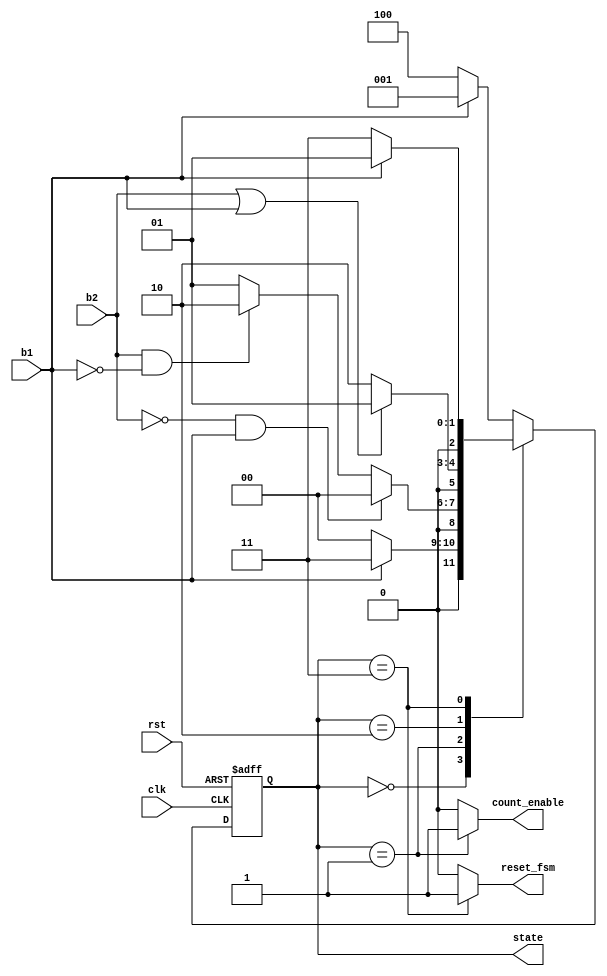
// State Definition
`define STAT_STOP 3'b000
`define STAT_COUNT 3'b001
`define STAT_PAUSE 3'b010
`define STAT_DONE 3'b011
`define STAT_DEF 3'b100

module FSM(state,reset_fsm,count_enable,b1,b2,clk,rst);

// outputs
output reg count_enable; 
output reg reset_fsm;
output reg [2:0]state;
// inputs
input clk; // global clock signal
input rst; // high active reset
input b1; //input control
input b2; //input control

reg [2:0] next_state; // next state of FSM



// FSM state transition
always @(posedge clk or negedge rst)
begin
if (~rst) state <= `STAT_DEF; //state <= `STAT_DEF;
else state <= next_state;
end
// ************************
// Press counting
// ************************


// FSM state decision
always @(state or b1 or b2)
case (state) 
`STAT_STOP: 
   begin
   count_enable = 0; 
   reset_fsm=0;
   
    if ( b1==1)
    next_state = `STAT_DONE;
    else
    next_state = `STAT_STOP;
end
`STAT_COUNT:  begin
    count_enable = 1; 
    reset_fsm=0;
    
    if (b2==0 && b1==1) 
    next_state = `STAT_STOP;
    else if (b2==1 && b1==0)
    next_state = `STAT_PAUSE;   
    else  
    next_state = `STAT_COUNT;
     
end
`STAT_PAUSE:  begin
    count_enable = 0; 
    reset_fsm=0;
    
    if (b2==1 || b1==1)  
    next_state = `STAT_COUNT;
    else
    next_state = `STAT_PAUSE; 
end

`STAT_DONE:  begin 
    count_enable = 0; 
    reset_fsm=1;
    if (b1==1)
    next_state = `STAT_COUNT;
    else
    next_state = `STAT_DONE; 
end

default: begin 
    count_enable = 0; 
    reset_fsm=0;
    if (b1==1)
    next_state = `STAT_COUNT;
    else
    next_state = `STAT_DEF;   
end 


endcase
endmodule